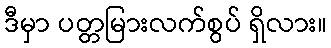
ဒီမှာ ပတ္တမြားလက်စွပ် ရှိလား။